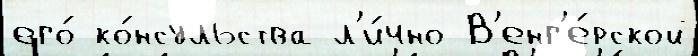
его́ ко́нсульства л'и́чно В'енг'е́рской